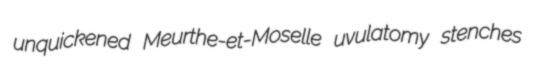
unquickened Meurthe-et-Moselle uvulatomy stenches